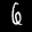
Label: 6